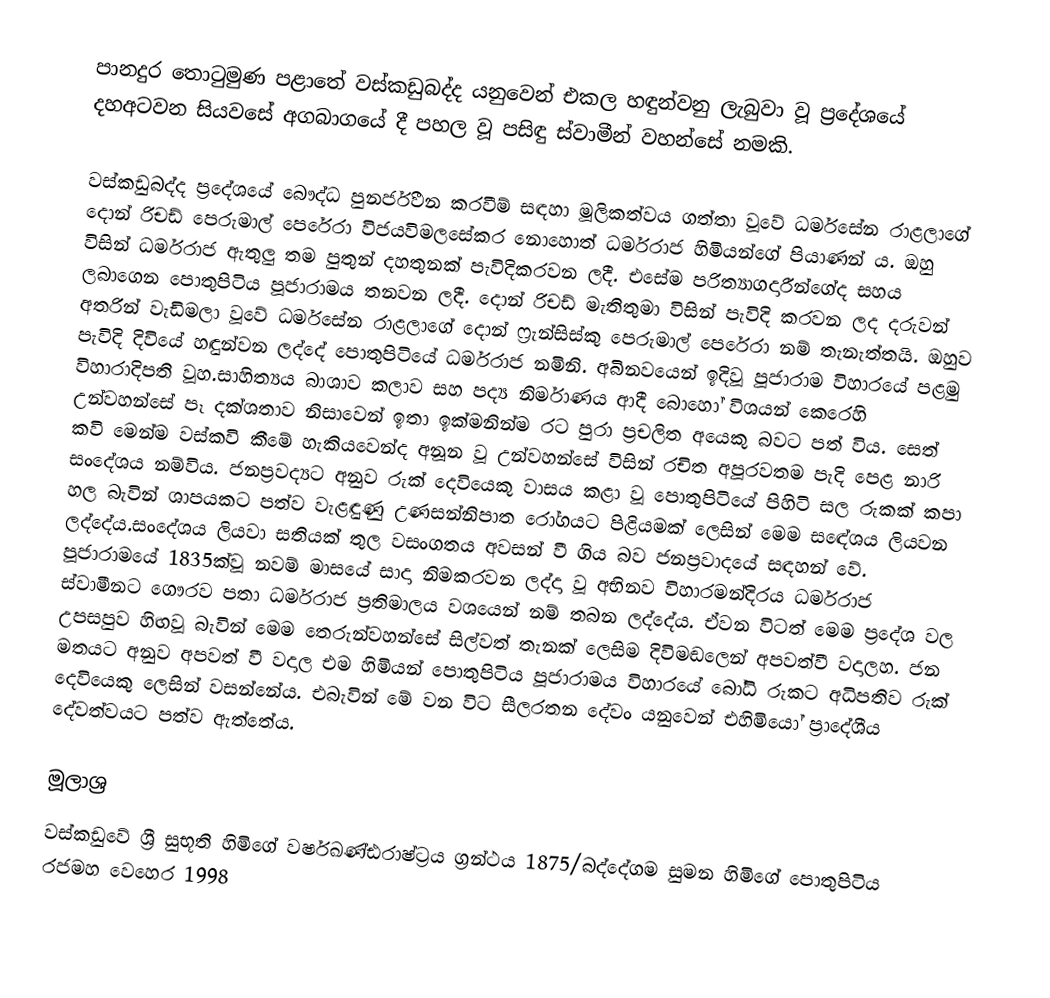
පානදුර තොටුමුණ පළාතේ වස්කඩුබද්ද යනුවෙන් එකල හඳුන්වනු ලැබුවා වූ ප්‍රදේශයේ දහඅටවන සියවසේ අගබාගයේ දී පහල වූ පසිඳු ස්වාමීන් වහන්සේ නමකි.

වස්කඩුබද්ද ප්‍රදේශයේ බෞද්ධ පුනර්ජීවන කරවීම් සඳහා මූලිකත්වය ගත්තා වූවේ ධර්මසේන රාළලාගේ දොන් රිචඩ් පෙරුමාල්  පෙරේරා විජයවිමලසේකර නොහොත් ධර්මරාජ හිමියන්ගේ පියාණන් ය. ඔහු විසින් ධර්මරාජ ඇතුලු තම පුතුන් දහතුනක් පැවිදිකරවන ලදී.  එසේම පරිත්‍යාගදාරීන්ගේද සහය ලබාගෙන පොතුපිටිය පූජාරාමය තනවන ලදී. දොන් රිචඩ් මැතිතුමා විසින් පැවිදි කරවන ලද දරුවන් අතරින් වැඩිමලා වූවේ ධර්මසේන රාළලාගේ දොන් ෆ්‍රැන්සිස්කු පෙරුමාල් පෙරේරා නම් තැනැත්තයි. ඔහුව පැවිදි  දිවියේ හඳුන්වන ලද්දේ පොතුපිටියේ ධර්මරාජ නමිනි. අබිනවයෙන් ඉදිවූ පූජාරාම විහාරයේ පළමු විහාරාදිපති වූහ.සාහිත්‍යය බාශාව කලාව සහ පද්‍ය නිර්මාණය ආදී බොහෝ විශයන් කෙරෙහි උන්වහන්සේ පෑ දක්ශතාව නිසාවෙන් ඉතා ඉක්මනින්ම රට පුරා ප්‍රචලිත අයෙකු බවට පත් විය. සෙත් කවි මෙන්ම වස්කවි කීමේ හැකියවෙන්ද අනූන වූ උන්වහන්සේ විසින් රචිත අපූරවතම පැදි පෙළ නාරි සංදේශය නම්විය. ජනප්‍රවද්‍යට අනුව රුක් දෙවියෙකු වාසය කළා වූ පොතුපිටියේ පිහිටි සල රුකක් කපා හල බැවින් ශාපයකට පත්ව වැළඳුණු උණසන්නිපාත රෝගයට පිළියමක් ලෙසින් මෙම සඳේශය ලියවන ලද්දේය.සංදේශය ලියවා සතියක් තුල වසංගතය අවසන් වී ගිය බව ජනප්‍රවාදයේ සඳහන් වේ. පූජාරාමයේ 1835ක්වූ නවම් මාසයේ සාදා නිමකරවන ලද්දා වූ අභිනව විහාරමන්දිරය ධර්මරාජ ස්වාමීනට ගෞරව පතා ධර්මරාජ ප්‍රතිමාලය වශයෙන් නම් තබන ලද්දේය. ඒවන විටත් මෙම ප්‍රදේශ වල උපසපුව හිඟවූ බැවින් මෙම තෙරුන්වහන්සේ සිල්වත් තැනක් ලෙසිම දිවිමඬලෙන් අපවත්වී වදාලහ. ජන මතයට අනුව  අපවත් වී වදාල එම හිමියන් පොතුපිටිය පූජාරාමය විහාරයේ බෝධි රුකට අධිපතිව රුක් දෙවියෙකු ලෙසින් වසන්නේය. එබැවින් මේ වන විට සීලරතන දේවං යනුවෙන් එහිමියෝ ප්‍රාදේශීය දේවත්වයට පත්ව ඇත්තේය.

මූලාශ්‍ර
වස්කඩුවේ ශ්‍රී සුභූති හිමිගේ වර්ෂඛණ්ඪරාෂ්ට්‍රය ග්‍රන්ථය 1875/බද්දේගම සුමන හිමිගේ පොතුපිටිය රජමහ වෙහෙර 1998